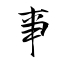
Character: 亊